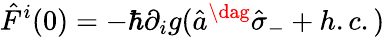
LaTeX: \hat{F}^{i}(0)=-\hbar\partial_{i}g(\hat{a}^{\dag}\hat{\sigma}_{-}+h.c.)